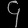
Digit: ၄